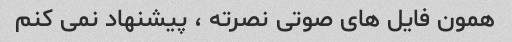
همون فایل های صوتی نصرته ، پیشنهاد نمی کنم